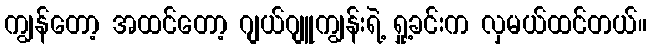
ကျွန်တော့ အထင်တော့ ဂျယ်ဂျူကျွန်းရဲ့ ရှု့ခင်းက လှမယ်ထင်တယ်။